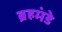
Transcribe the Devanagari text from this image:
ब्रहमंडे